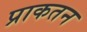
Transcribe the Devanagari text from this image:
प्राकतन